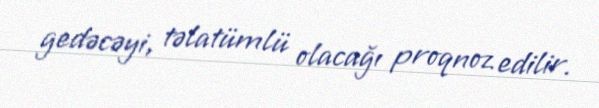
gedəcəyi, təlatümlü olacağı proqnoz edilir.